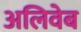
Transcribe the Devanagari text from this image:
अलिवेब